Leaving Certificate Examination, 1916
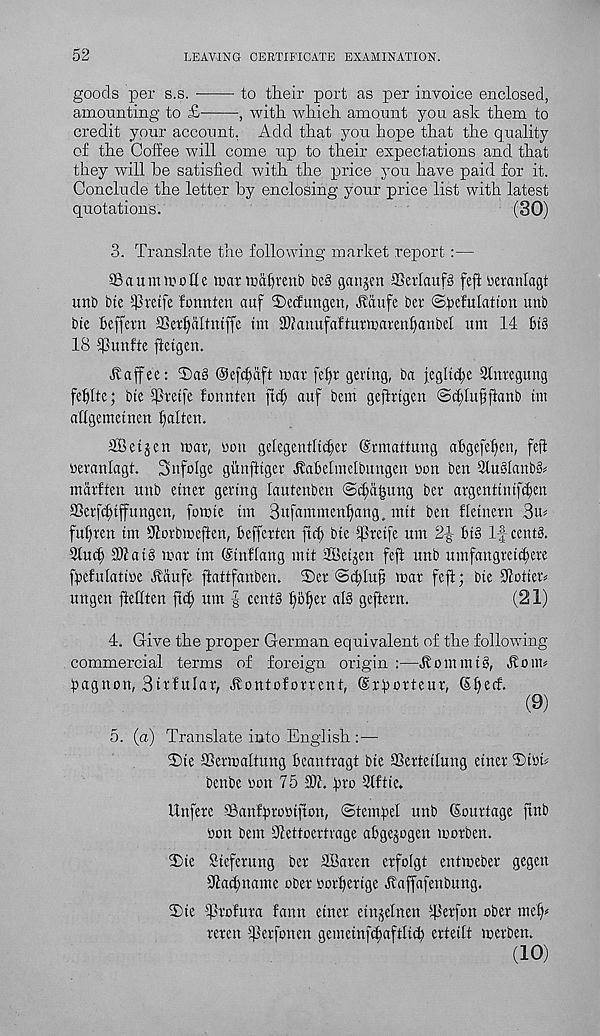
52
LEAVING CERTIFICATE EXAMINATION.
goods per s.s.
to their port as per invoice enclosed,
amounting to £■
, with which amount you ask them to
credit your account. Add that you hope that the quality
of the Coffee will come up to their expectations and that
they will he satisfied with the price you have paid for it.
Conclude the letter by enclosing your price list with latest
quotations.
(30)
3. Translate the following market report :—
93 a u m n oil e nxir tcd^venb be§ garden ffierlaufg feft reranlagt
unb bte ifiretfe fonnten auf iDecfungen, Jldufe ber ©^efulation unb
bie Beffern SGer^dltniffe tm SOiauufafturmaren^anbel um 14 Big
18 IJSunfte ftetgen.
Haffee:
©efc^dft mar fe§r gertng, ba iegltcBe 9tnregung
feBIte; bte Ifiretfe formten fid; auf bem geffrtgcn ©tBIuffianb tm
attgemetncn f)alten.
iffietjcn mar, uon gelcgentltcBer Crmattung aBgefeBett, feft
reranlagt. 3'ttfolge giinfttger JlaBelmeibungen bon ben 9iu§IanbS^
ntdrften nub enter gertng lautenben <Sd)d£ung ber argentttttfd;en
SSerfcftjfungcn, fomte im Sufammenfiang, mtt ben fletnern 3n^
fufiren tm s Horbmeften, Beffcrten ftcB bte Spretfe urn 2-J- Bi§ 1-J cents.
2tu(B 31tatg mar tm ©tnflang mit 2Betjen feft unb umfangretcBere
fBefnlattbe Hdufc ftattfanben. 3)er @d;Iu§ mar feft; bte Gotten
ungen ftefiten ftd; um | cents
geftern.
(21)
4. Give the proper German equivalent of the following-
commercial terms of foreign origin :—HommtS, Honn
pagnon, Btrfufar, Hontoforrent, SrBorteur, SB ef f‘
(9)
5. (a) Translate into English :—
®te SSermaltung Beantragt bte aSertetlung etncr ®tbfi
benbe oon 75 dJt. tiro Qlftte.
Unfere SanfBrobtfton, ©temfiel unb Courtage ftnb
bon bem Sdettoertrage aBgejogen morben.
55te Stcferung ber SBaren erfolgt entmeber gegcn
91ad;name ober borBertge Haffafenbung.
2)te Trofura fann enter etnjelnen Terfon ober mely
reren Terfonen gemein[d;aftltd) erteilt merben.
(10)